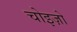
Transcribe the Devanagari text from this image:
चोइज़ो